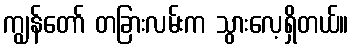
ကျွန်တော် တခြားလမ်းက သွားလေ့ရှိတယ်။